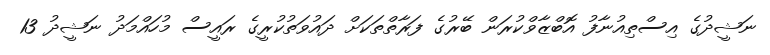
ނަޝީދުގެ އިސްތިއުނާފު އޮބްޒާވްކުރަން ބޭރުގެ ފަރާތްތަކަށް ދައުވަތުކުރީގެ ރައީސް މުހައްމަދު ނަޝީދު 13